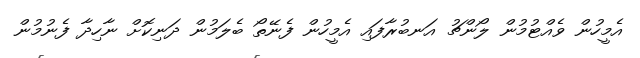
އެމީހުން ވެއްޓުމުން ލޯންޗު އަނބުރާފައި އެމީހުން ފެނޭތޯ ބެލަމުން ދަނިކޮށް ނާހިދާ ފެނުމުން